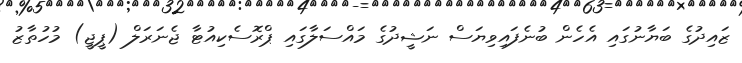
ޒައިދުގެ ބަޔާނުގައި އެހެން ބުނެފައިވިޔަސް ނަޝީދުގެ މައްސަލާގައި ޕްރޮސެކިއުޓާ ޖެނަރަލް (ޕީޖީ) މުހުތާޒު